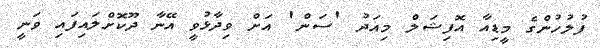
ފުލުހުންގެ މީޑިއާ އޮފިޝަލް މިއަދު 'ސަން' އަށް ވިދާޅުވީ އޭނާ ދޫކޮށްލައިފައި ވަނީ